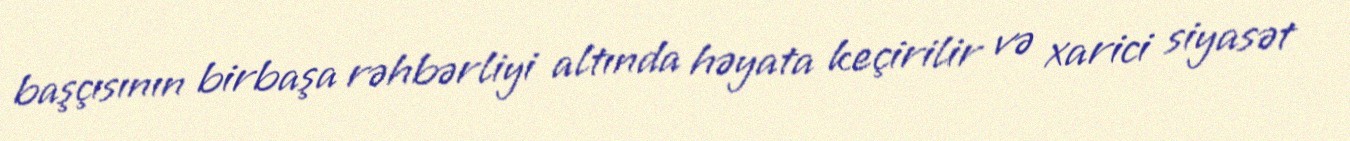
başçısının birbaşa rəhbərliyi altında həyata keçirilir və xarici siyasət